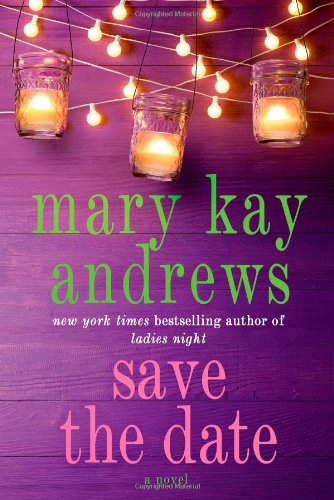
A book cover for Save the Date; Mary Kay Andrews; Literature & Fiction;